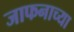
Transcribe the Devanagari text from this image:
जाफनाच्या